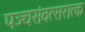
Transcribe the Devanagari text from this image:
पञ्चसंवत्सरात्क